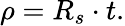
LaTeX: \rho=R_{s}\cdot t.